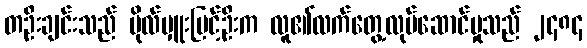
တဦးချင်းသည် ဗိုလ်မှူးမြင့်ဦးက လူ၏လက်တွေ့လုပ်ဆောင်မှုသည် ၂၄၈၄